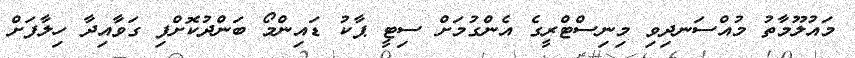
މައުލޫމާތު މުއްސަނދިވި މިނިސްޓްރީގެ އެންގުމަށް ސިޓީ ޕާކު ޑައިންމޯ ބަންދުކޮށްފި ގަވާއިދާ ހިލާފަށް